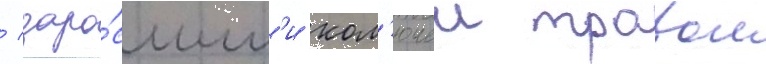
/ заро́сшим'и кол'ючеи травои